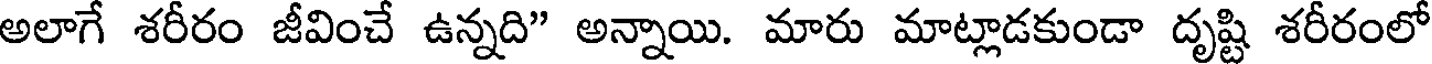
అలాగే శరీరం జీవించే ఉన్నది" అన్నాయి. మారు మాట్లాడకుండా దృష్టి శరీరంలో